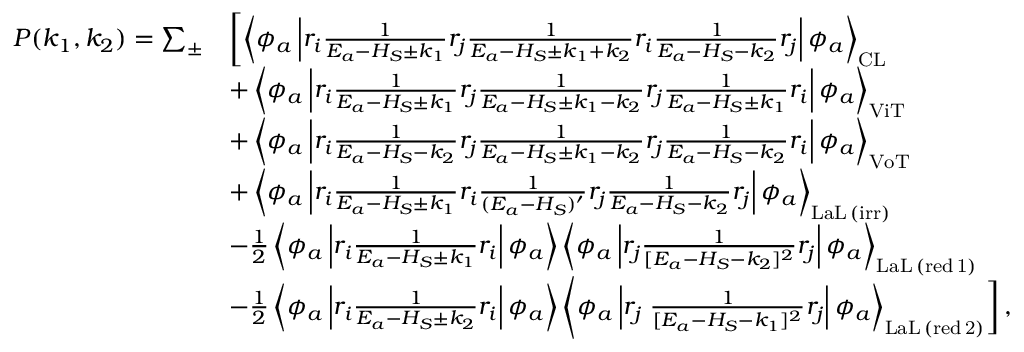
\begin{array} { r l } { P ( k _ { 1 } , k _ { 2 } ) = \sum _ { \pm } } & { \left[ \left\langle \phi _ { a } \left| r _ { i } \frac { 1 } { E _ { a } - H _ { S } \pm k _ { 1 } } r _ { j } \frac { 1 } { E _ { a } - H _ { S } \pm k _ { 1 } + k _ { 2 } } r _ { i } \frac { 1 } { E _ { a } - H _ { S } - k _ { 2 } } r _ { j } \right| \phi _ { a } \right\rangle _ { \mathrm { C L } } \right. } \\ & { + \left\langle \phi _ { a } \left| r _ { i } \frac { 1 } { E _ { a } - H _ { S } \pm k _ { 1 } } r _ { j } \frac { 1 } { E _ { a } - H _ { S } \pm k _ { 1 } - k _ { 2 } } r _ { j } \frac { 1 } { E _ { a } - H _ { S } \pm k _ { 1 } } r _ { i } \right| \phi _ { a } \right\rangle _ { \mathrm { V i T } } } \\ & { + \left\langle \phi _ { a } \left| r _ { i } \frac { 1 } { E _ { a } - H _ { S } - k _ { 2 } } r _ { j } \frac { 1 } { E _ { a } - H _ { S } \pm k _ { 1 } - k _ { 2 } } r _ { j } \frac { 1 } { E _ { a } - H _ { S } - k _ { 2 } } r _ { i } \right| \phi _ { a } \right\rangle _ { \mathrm { V o T } } } \\ & { + \left\langle \phi _ { a } \left| r _ { i } \frac { 1 } { E _ { a } - H _ { S } \pm k _ { 1 } } r _ { i } \frac { 1 } { ( E _ { a } - H _ { S } ) ^ { \prime } } r _ { j } \frac { 1 } { E _ { a } - H _ { S } - k _ { 2 } } r _ { j } \right| \phi _ { a } \right\rangle _ { \mathrm { L a L \, ( i r r ) } } } \\ & { - \frac { 1 } { 2 } \left\langle \phi _ { a } \left| r _ { i } \frac { 1 } { E _ { a } - H _ { S } \pm k _ { 1 } } r _ { i } \right| \phi _ { a } \right\rangle \left\langle \phi _ { a } \left| r _ { j } \frac { 1 } { [ E _ { a } - H _ { S } - k _ { 2 } ] ^ { 2 } } r _ { j } \right| \phi _ { a } \right\rangle _ { \mathrm { L a L \, ( r e d \, 1 ) } } } \\ & { - \frac { 1 } { 2 } \left\langle \phi _ { a } \left| r _ { i } \frac { 1 } { E _ { a } - H _ { S } \pm k _ { 2 } } r _ { i } \right| \phi _ { a } \right\rangle \left\langle \phi _ { a } \left| r _ { j } \left. \frac { 1 } { [ E _ { a } - H _ { S } - k _ { 1 } ] ^ { 2 } } r _ { j } \right| \phi _ { a } \right\rangle _ { \mathrm { L a L \, ( r e d \, 2 ) } } \right] , } \end{array}